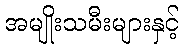
အမျိုးသမီးများနှင့်